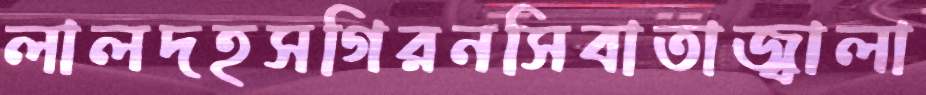
লালদহসগিরনসিবাতাজ্বালা